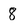
Character: 8